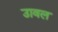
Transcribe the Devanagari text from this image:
उावल